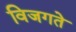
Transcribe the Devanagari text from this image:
विजगते